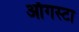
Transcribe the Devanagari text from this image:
ऑगस्‍टा